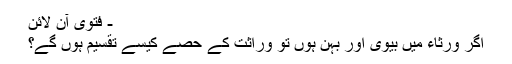
- فتویٰ آن لائن
اگر ورثاء میں بیوی اور بہن ہوں تو وراثت کے حصے کیسے تقسیم ہوں گے؟